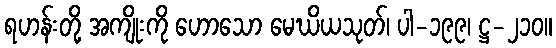
ရဟန်းတို့ အကျိုးကို ဟောသော မေဃိယသုတ်၊ ပါ-၁၉၉၊ ဋ္ဌ-၂၁၀။